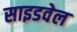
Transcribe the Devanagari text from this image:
साइडवेल